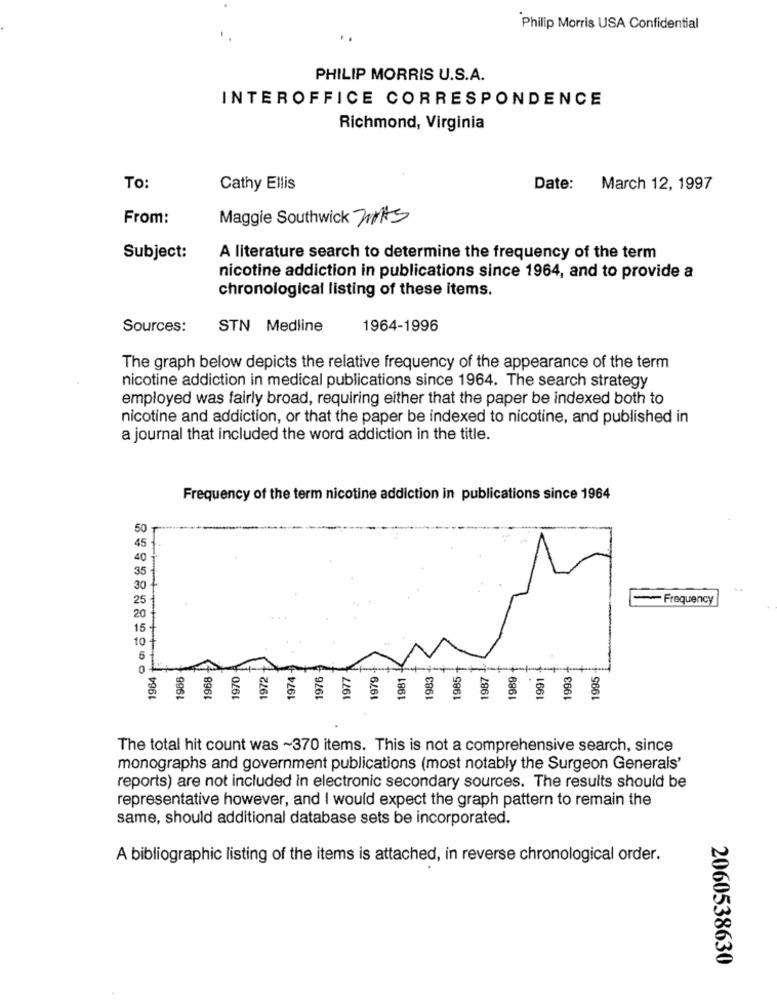
Philip Morris USA Confidential
PHILIP MORRIS U.S.A.
INTEROFFICE CORRESPONDENCE
Richmond, Virginia
To:
Cathy Ellis
Date: March 12, 1997
From:
Maggie Southwick WAS
Subject:
A literature search to determine the frequency of the term
nicotine addiction in publications since 1964, and to provide a
chronological listing of these items.
Sources:
STN Medline
1964-1996
The graph below depicts the relative frequency of the appearance of the term
nicotine addiction in medical publications since 1964. The search strategy
employed was fairly broad, requiring either that the paper be indexed both to
nicotine and addiction, or that the paper be indexed to nicotine, and published in
a journal that included the word addiction in the title.
Frequency of the term nicotine addiction in publications since 1964
50
45
35
30
- Frequency
1964 +
966
1968
1970
1972
1974
1976
1977
1979
1981
1983
1985
1987
1989
1991
1993
1995
The total hit count was ~370 items. This is not a comprehensive search, since
monographs and government publications (most notably the Surgeon Generals'
reports) are not included in electronic secondary sources. The results should be
representative however, and I would expect the graph pattern to remain the
same, should additional database sets be incorporated.
A bibliographic listing of the items is attached, in reverse chronological order.
2060538630